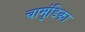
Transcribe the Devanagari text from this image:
चामुंडिका